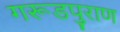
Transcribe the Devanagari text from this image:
गरूडपुराण